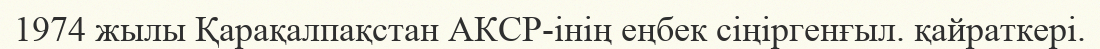
1974 жылы Қарақалпақстан АКСР-інің еңбек сіңіргенғыл. қайраткері.